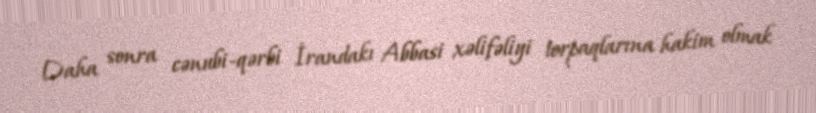
Daha sonra cənubi-qərbi İrandakı Abbasi xəlifəliyi torpaqlarına hakim olmak